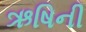
ઋષિની